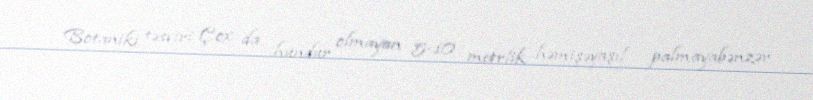
Botaniki təsviri Çox da hündür olmayan 5-10 metrlik həmişəyaşıl palmayabənzər